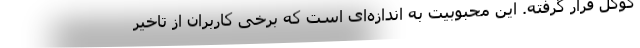
گوگل قرار گرفته. این محبوبیت به اندازه‌ای است که برخی کاربران از تاخیر